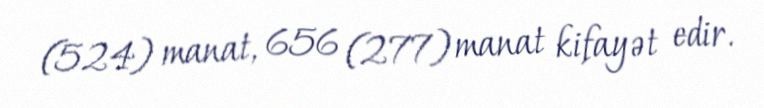
(524) manat, 656 (277) manat kifayət edir.